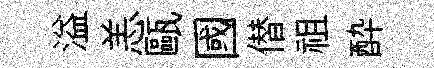
溢恙甌國僣祖酔